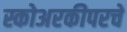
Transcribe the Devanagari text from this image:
स्कोअरकीपरचे